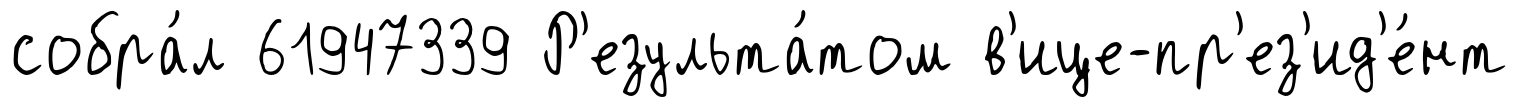
собра́л 61947339 Р'езульта́том в'ице-пр'ез'ид'е́нт